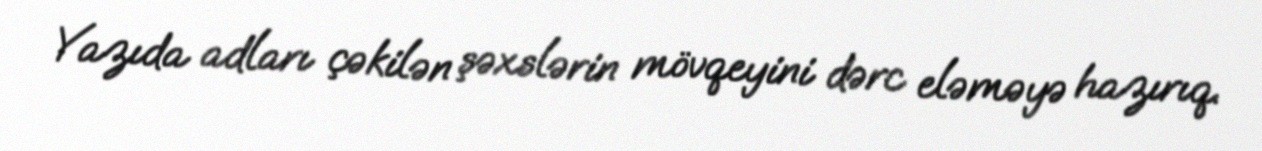
Yazıda adları çəkilən şəxslərin mövqeyini dərc eləməyə hazırıq.